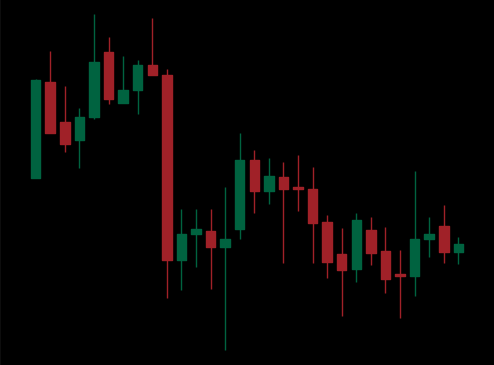
Pattern: unclassified